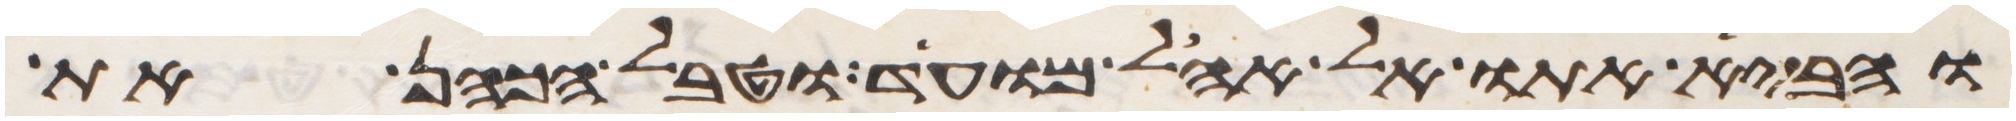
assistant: והביא אתו אל אהל מועד וטבל הכהן את